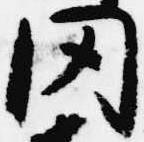
聞